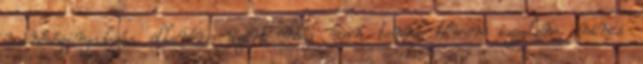
minőségingadozás ellenére azért még van benne bőven izgalom, nincs